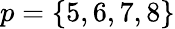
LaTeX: p=\{ 5,6,7,8\}